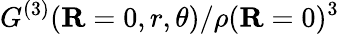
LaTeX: {G^{(3)}}(\mathbf{R}=0,r,\theta)/\rho(\mathbf{R}=0)^{3}